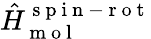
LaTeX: \hat{H}_{\mathrm{~m~o~l~}}^{\mathrm{~s~p~i~n~-~r~o~t~}}